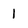
Character: 1